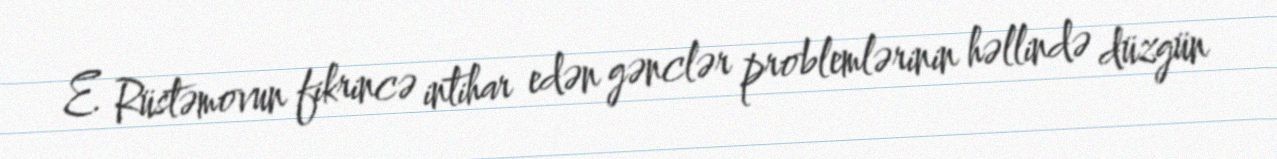
E. Rüstəmovun fikrincə intihar edən gənclər problemlərinin həllində düzgün